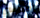
مدرسي